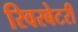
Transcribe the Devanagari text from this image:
रिवरबेटरी